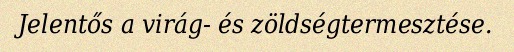
Jelentős a virág- és zöldségtermesztése.